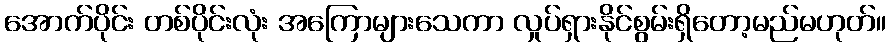
အောက်ပိုင်း တစ်ပိုင်းလုံး အကြောများသေကာ လှုပ်ရှားနိုင်စွမ်းရှိတော့မည်မဟုတ်။